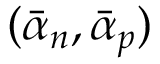
( { \bar { \alpha } _ { n } } , { \bar { \alpha } _ { p } } )